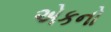
એકનો